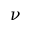
\nu